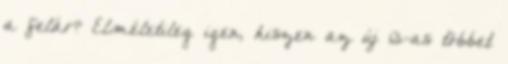
a felár? Elméletileg igen, hiszen az új 13-as többet